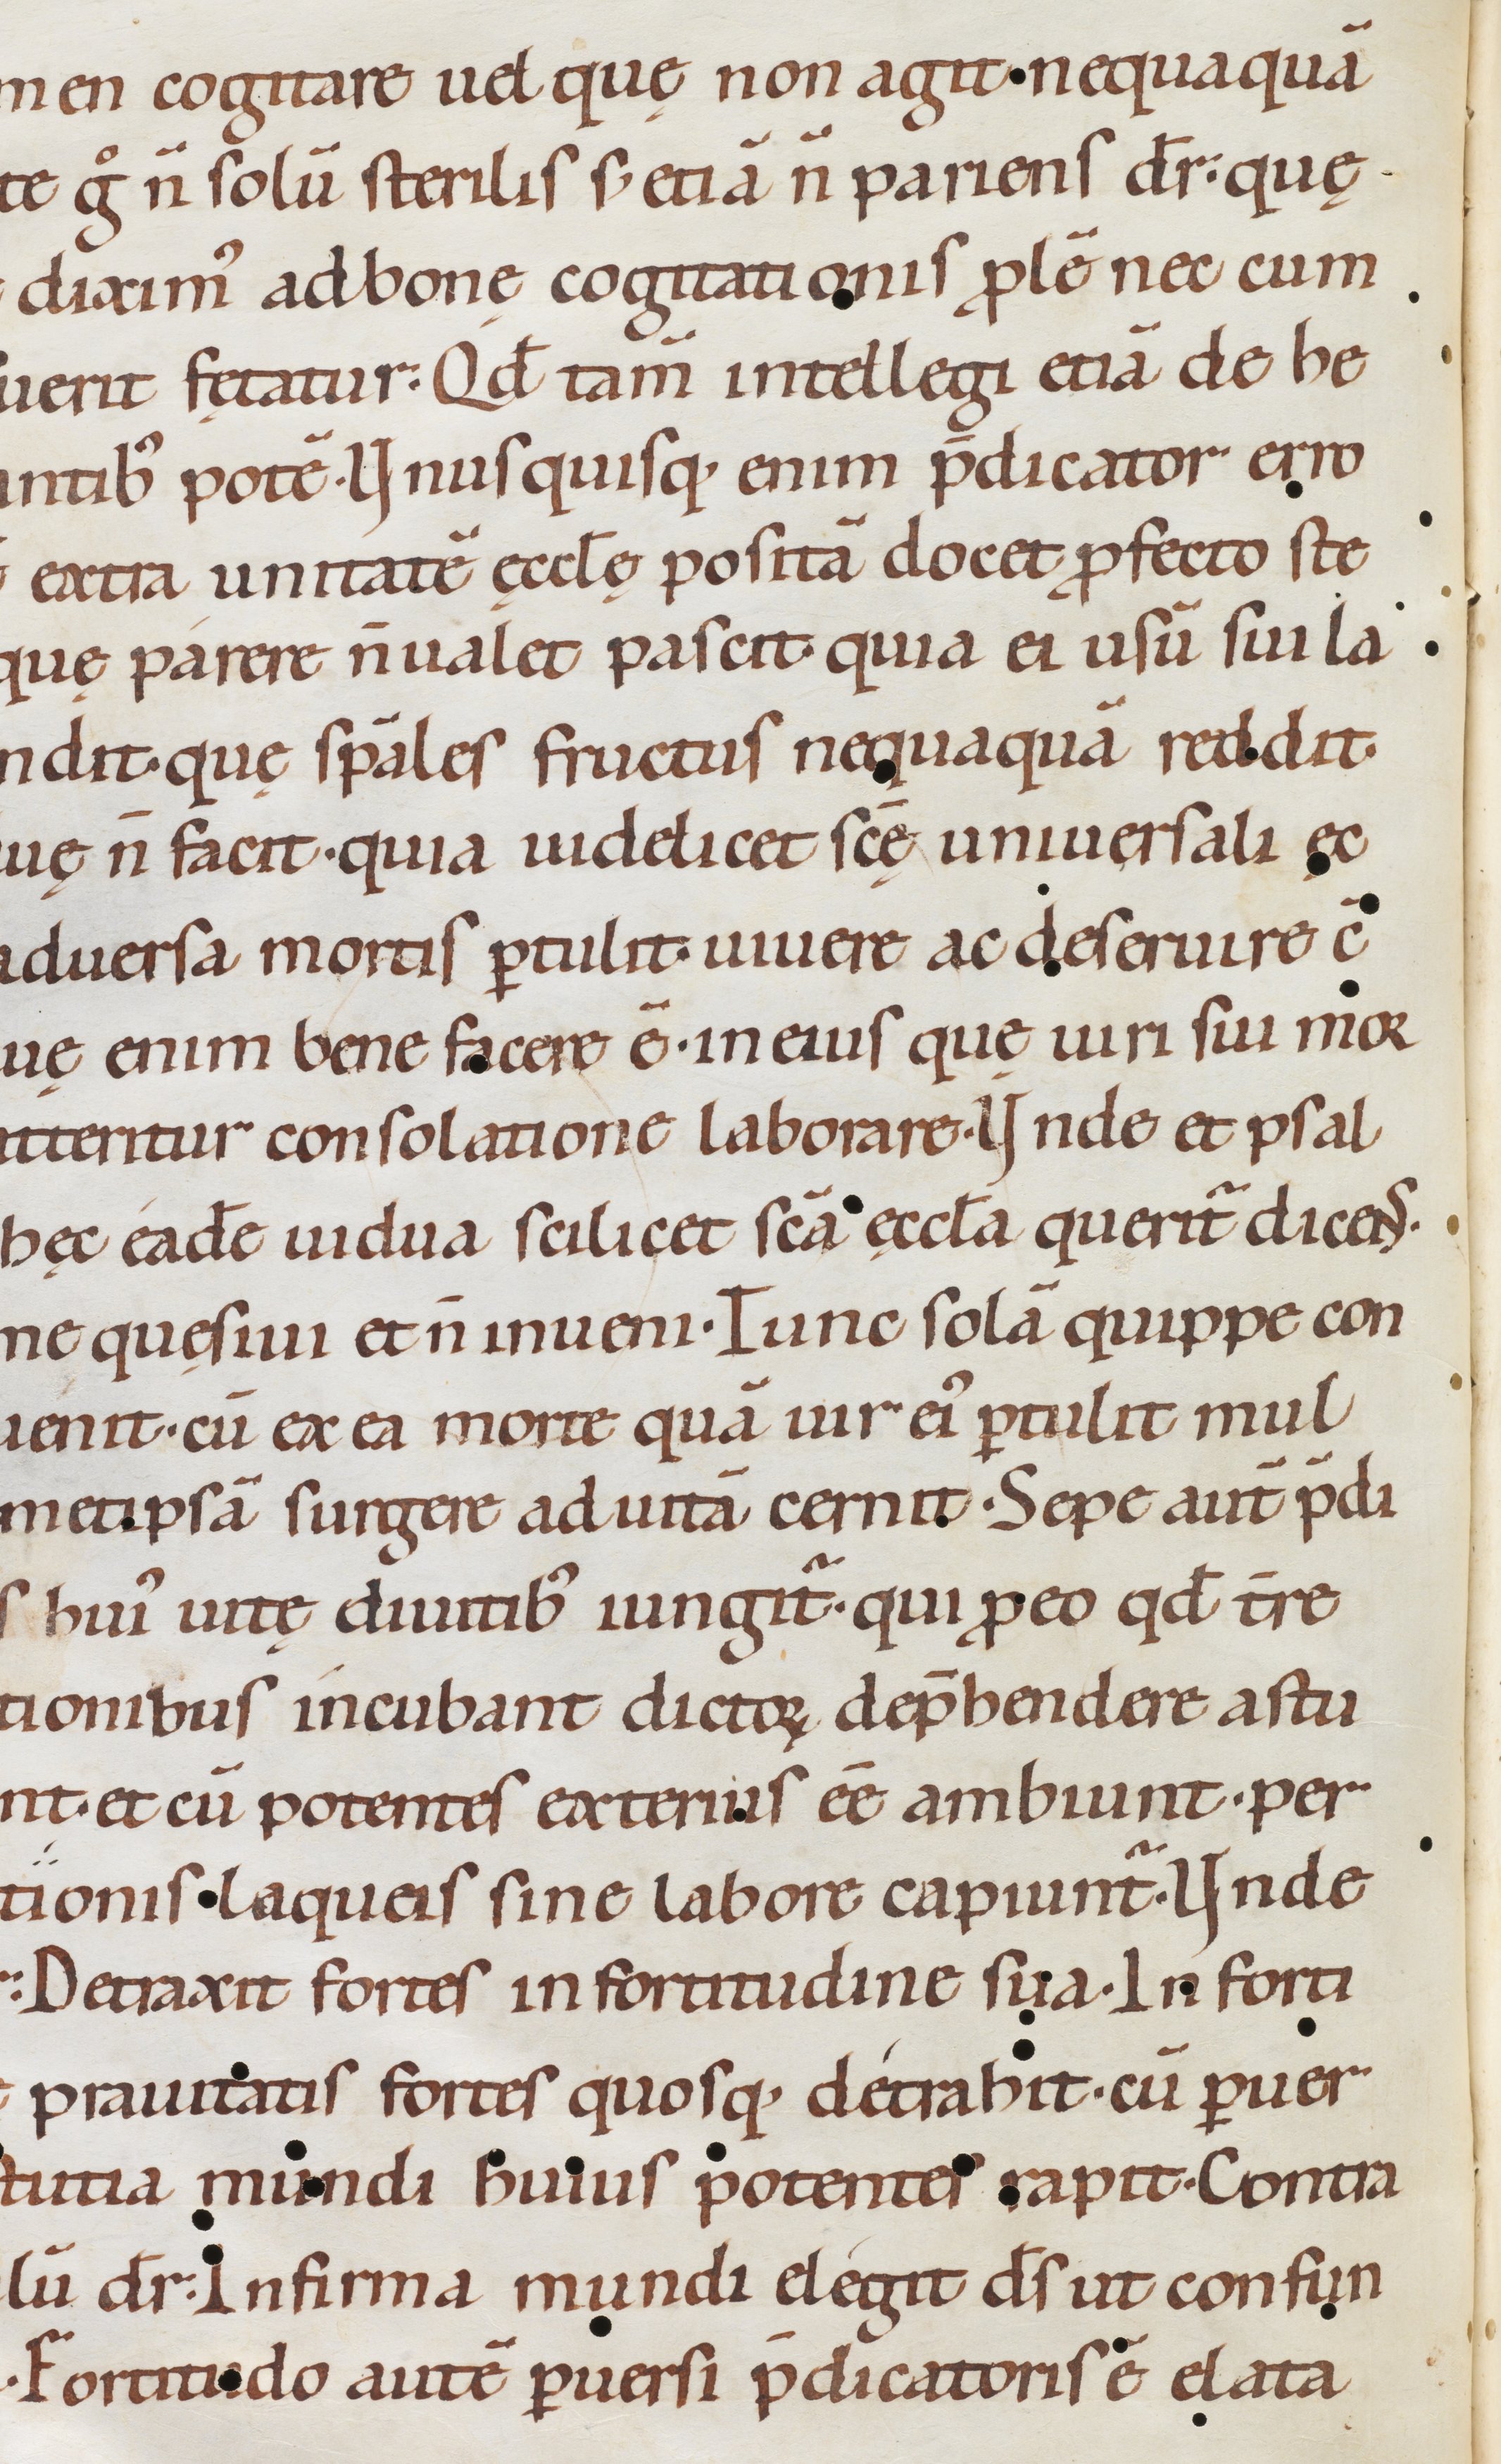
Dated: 1080–1096